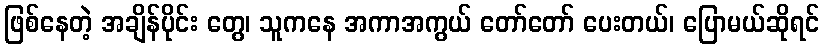
ဖြစ်နေတဲ့ အချိန်ပိုင်း တွေ၊ သူကနေ အကာအကွယ် တော်တော် ပေးတယ်၊ ပြောမယ်ဆိုရင်